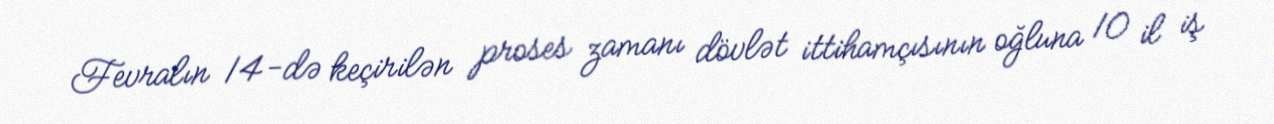
Fevralın 14-də keçirilən proses zamanı dövlət ittihamçısının oğluna 10 il iş